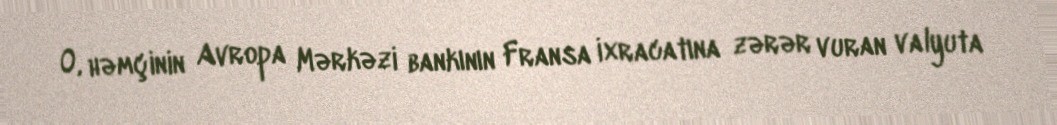
O, həmçinin Avropa Mərkəzi bankının Fransa ixracatına zərər vuran valyuta